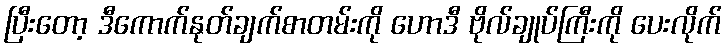
ပြီးတော့ ဒီကောက်နုတ်ချက်စာတမ်းကို ဟောဒီ ဗိုလ်ချုပ်ကြီးကို ပေးလိုက်